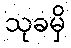
သုခမှိ